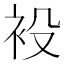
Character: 𧘣